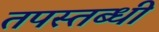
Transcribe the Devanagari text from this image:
तपस्तब्धी